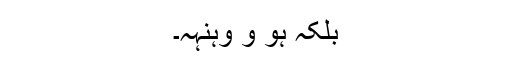
بلکہ ہو و وہنہہ۔